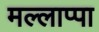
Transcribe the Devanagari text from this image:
मल्लाप्पा